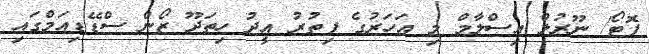
ފޮޓޯ/ ނޫރުލް އިސްލާމް މި އަހަރުގެ ފިތުރު އީދު ހިތަދޫ ޒޯން ސްޑޭޑިއަމްގައި